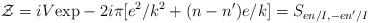
LaTeX: \begin{align*}{\cal Z}=iV\mbox{exp}-2i\pi[e^{2}/k^{2}+(n-n')e/k]=S_{en/I,-en'/I}\end{align*}